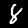
Digit: 8